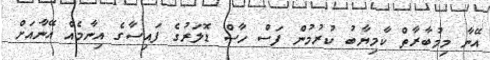
އޭނާ މިމުބާރާތް ކާމިޔާބު ކުރުމުން ފަސް ހާސް ޑޮލަރުގެ ފައިސާގެ އިނާމެއް އޭނާއަށް